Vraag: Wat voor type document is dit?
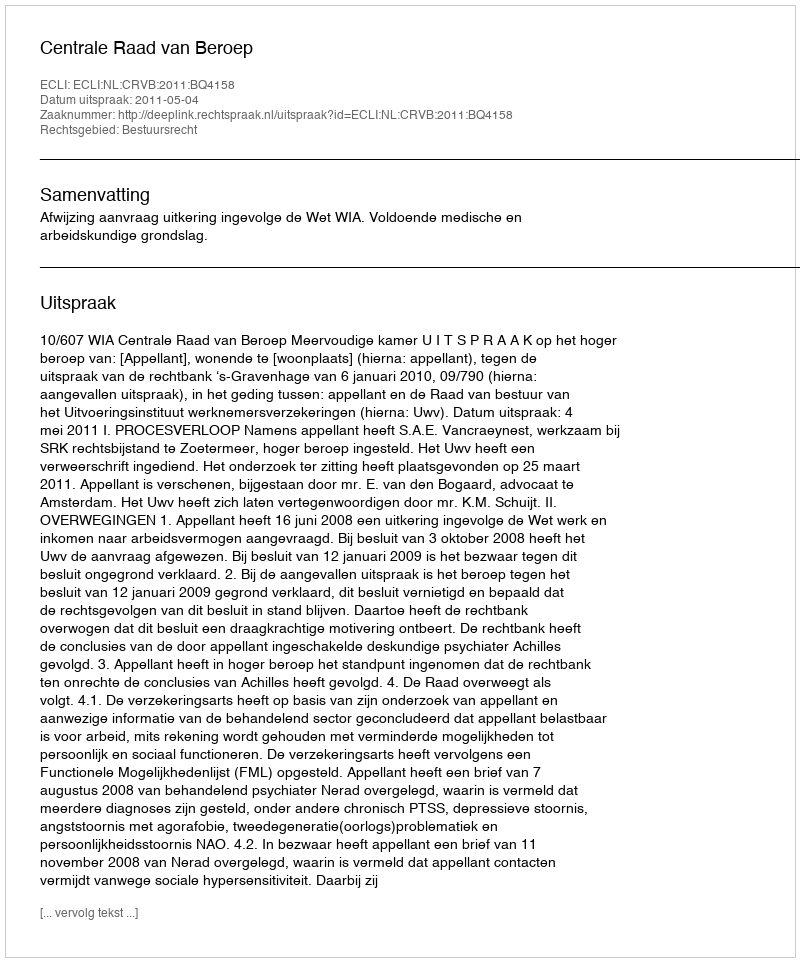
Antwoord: Uitspraak